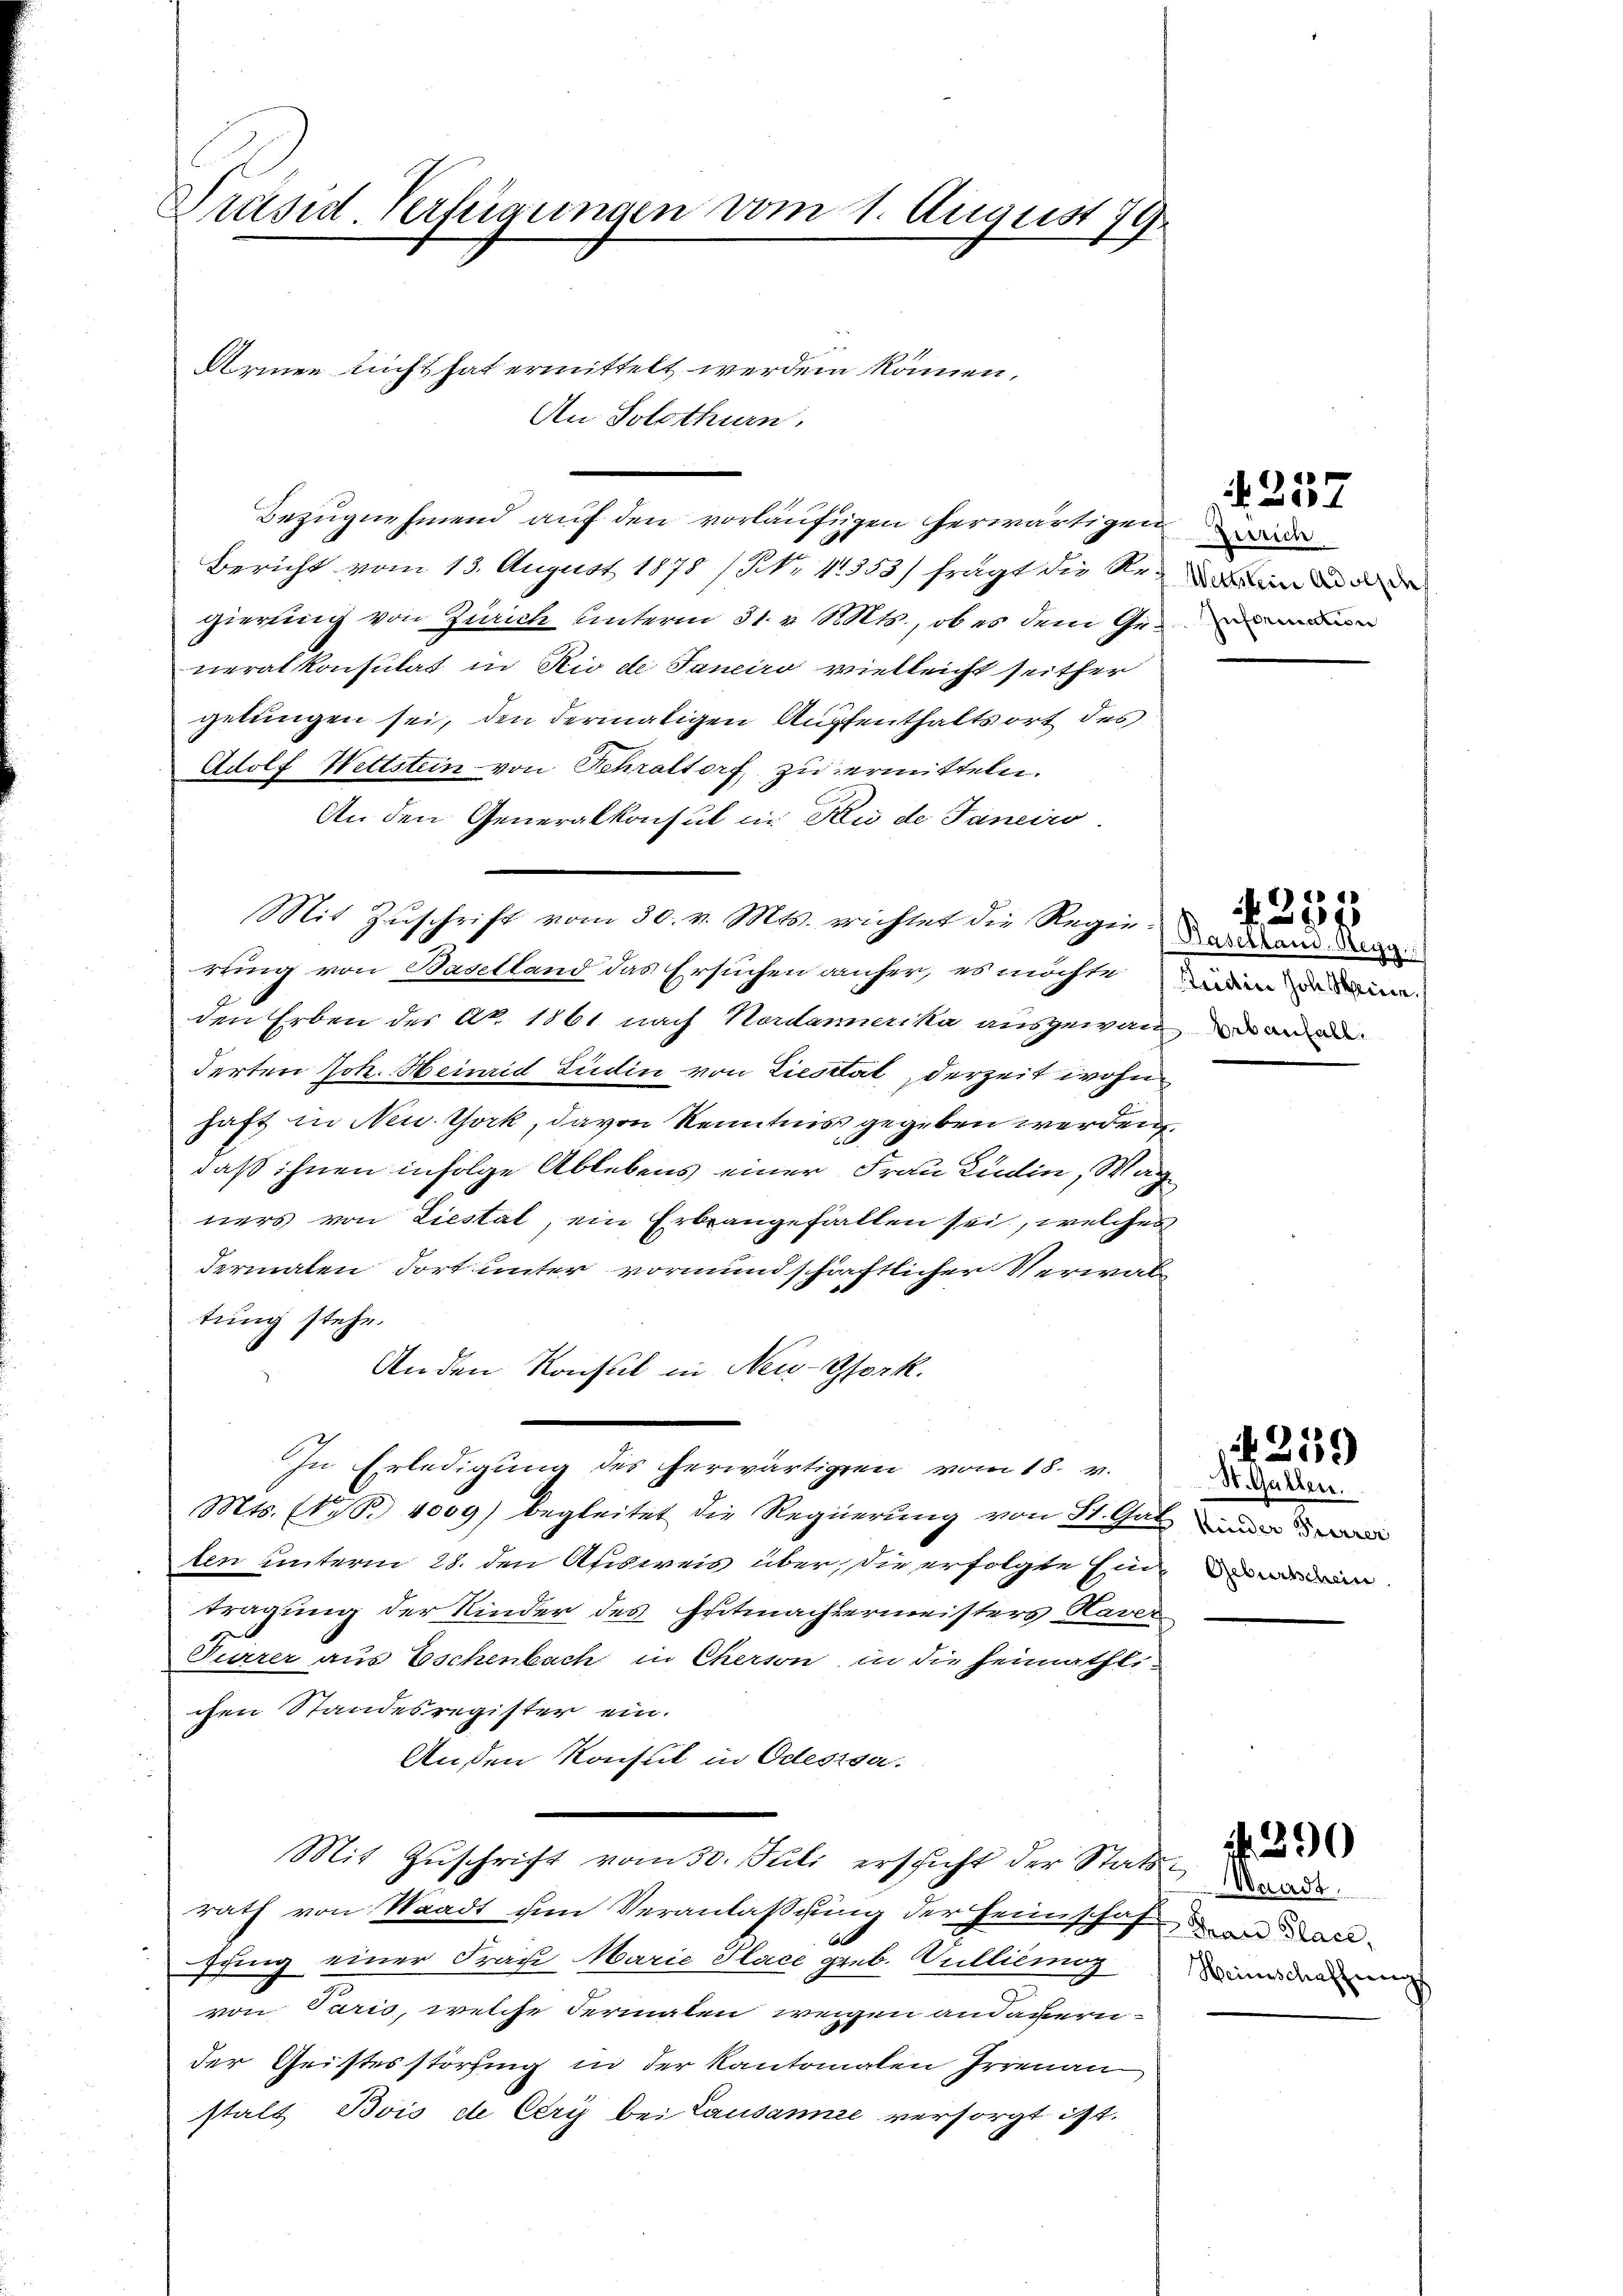
Präsid. Verfügungen vom 1. August 179

Armen nicht hat ermittelt werden können.
An Solothurn.
Bericht vom 13. August 1878 / N. 11353) fragt die Reinen de
gierung von Zürich unterm 31. v. Mts., ob es dem Generalkonsulat in Rio de Janeiro vielleicht seither
gelungen sei, den dermaligen Auffenthaltsort des
Adolf Wettstein von Fehraltorf zu ermitteln.
An den Generalkonsul in Au de Janeiro
Mit Zuschrift vom 30. v. Mts. richtet die Regen daran den
wing von Baselland das Ersuchen anher, es möchten den
den Erben des Nr. 1861 nach Nordamerika ausgewan und ande
derten Joh. Heinrid Südin von Liestät derzeit wohnhaft in New York, davon Kenntnis gegeben werden
daß ihnen infolge Ablebens einer Frau Lüdin, Wag
ners von Liestal, ein Erbrangefallen sei, welches
dermalen dort unter vormundschriftlicher Verwaltung stehe.
Anden Konsul in Neu-Gfork.
In Erledigung des herwärtigen vom 18. v.
Mts. (N. S. 4009) begleitet die Regierung von St. Galien
ten unterm 28. den Afisweis über, die erfolgte Eine
tragung der Kinder des Entmachtermeisters Haver
Furrer aus Eschenbach in Cherson, in die heimathl.
chen Standesregister ein.
Außen Konsul in Odessa.
Mit Zŭschrift vom 30. Juli erschicht der Statt de
rath von Waadt im Veranlassung der Heimschafen ansung einer Frau Marie Place geb. Gulliemög
von Paris, welche dermalen wegen andauern
der Geistesstörung in der Kantonalen Irrenau
stalt Bois de Cery bei Lausanne versorgt ist.

Bezŭgnehmend auf den vorläufigen herwärtigen weder

. 357

¬

252

559

St. Gallen.

Heinschaffungs

. 390